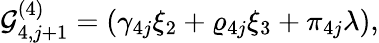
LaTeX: \mathcal{G}_{4,j+1}^{(4)}=\left(\gamma_{4j}\xi_{2}+\varrho_{4j}\xi_{3}+\pi_{4j}\lambda\right),